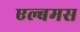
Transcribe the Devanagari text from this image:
एल्बमस